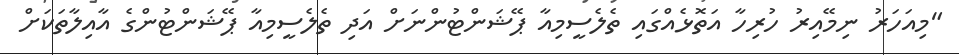
"މިއަހަރު ނިމޭއިރު ހުރިހާ އަތޮޅެއްގައި ތެލެސީމިއާ ޕޭޝަންޓުންނަށް އަދި ތެލެސީމިއާ ޕޭޝަންޓުންގެ އާއިލާތަކަށް